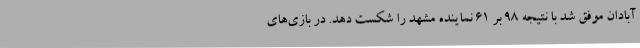
آبادان موفق شد با نتیجه 98 بر 61 نماینده مشهد را شکست دهد. در بازی‌های